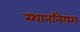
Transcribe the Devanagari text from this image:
स्थाननियम